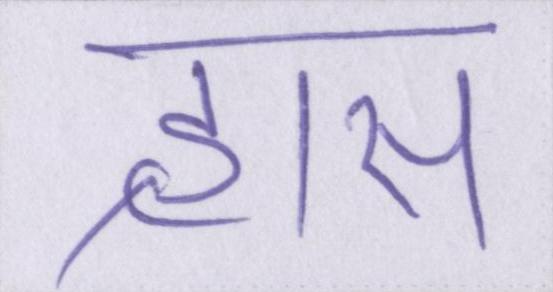
ह्रास